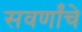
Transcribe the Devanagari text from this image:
सवर्णांचे